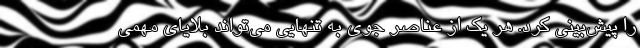
را پیش‌بینی کرد. هر یک از عناصر جوی به تنهایی می‌تواند بلایای مهمی